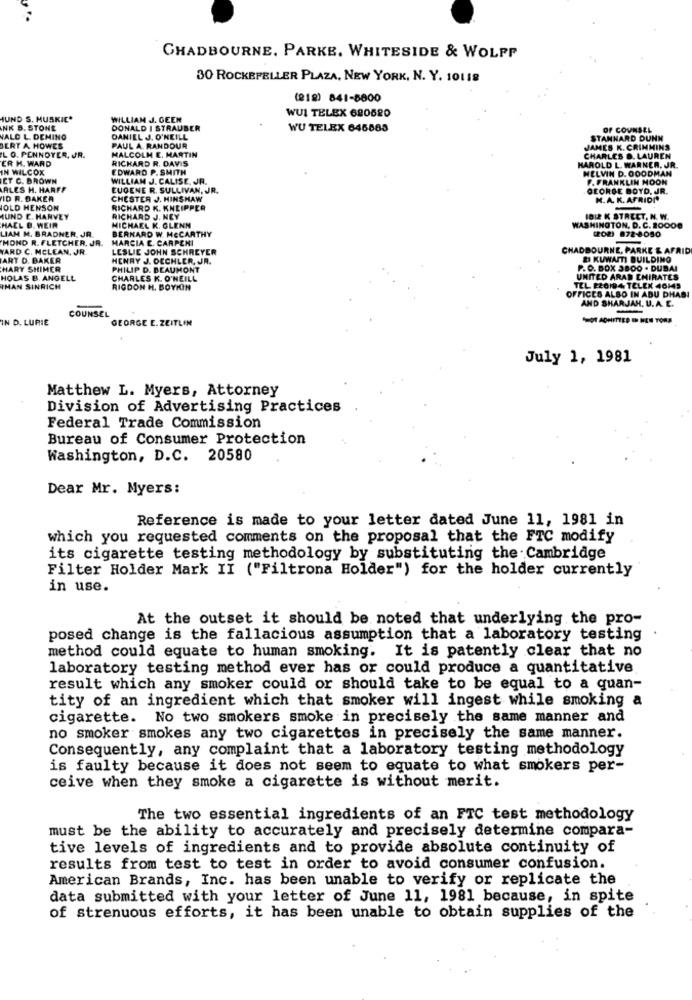
CHADBOURNE. PARKE. WHITESIDE & WOLPP
30 ROCKEFELLER PLAZA, NEW YORK, N. Y. 10118
(218) 841-5800
WUI TELEX 620620
HUND S. HUSKIC*
WILLIAM J. GEEN
INK B. STONE
DONALD | STRAUBER
WU TELEX 646885
OF COUNSEL
VALO L. DEMING
DANIEL J. O'NEILL
STANNARD DUNN
BERT A HOWES
PAUL A. RANDOUR
MALCOLM E. MARTIN
JAMES K. CRIMMINS
L O. PENNOYER, JR.
ER M. WARD
RICHARD R. DAVIS
CHARLES &. LAUREN
IN WILCOX
EDWARD P. SMITH
HAROLD L. WARNER, JR.
MELVIN D. OODDMAN
ET C. BROWN
WILLIAM J. CALISE, JR.
F.FRANKLIN MOON
ALES H. HARFF
EUGENE R. SULLIVAN, JR.
GEORGE BOYD, JR.
ID R. BAKER
CHESTER J. HINSHAW
H.A. K. AFRION'
IOLD HENSON
RICHARD K. KNEIPPER
HUND E. HARVEY
RICHARD J. NEY
1012 K STREET, N. W.
HAEL B. WEIR
LIAM M. BRADNER, JR.
BERNARD W. MCCARTHY
MICHAEL K. GLENN
WASHINGTON, D. C. 20000
(POR) 872-8050
MOND R. FLETCHER, JR.
MARCIA C. CARPENI
YARD C. MCLEAN, JR
LESLIE JOHN SCHREYER
CHADBOURNE, PARKE & AFRID
ART D. BAKER
HENRY J. OECHLER, JR.
&I KUWAITI BUILDING
HARY SHIMER
PHILIP D. BEAUMONT
P. O. BOX 3800 - DUBAI
HOLAS B. ANGELL
CHARLES K. O'NEILL
UNITED ARAD EMIRATES
IMAN SINRICH
RIGDON H. BOYKIN
TEL. 220194 TELEX 40145
OFFICES ALSO IN ABU DHABI
AND SHARJAH, U.A. E.
COUNSEL
IN D. LURIE
GEORGE E. ZEITLIN
SHOT ADMITTED I HES TORS
July 1, 1981
Matthew L. Myers, Attorney
Division of Advertising Practices
Federal Trade Commission
Bureau of Consumer Protection
Washington, D.C. 20580
Dear Mr. Myers:
Reference is made to your letter dated June 11, 1981 in
which you requested comments on the proposal that the FTC modify
its cigarette testing methodology by substituting the Cambridge
Filter Holder Mark II ("Filtrona Holder") for the holder currently
in use.
At the outset it should be noted that underlying the pro-
posed change is the fallacious assumption that a laboratory testing
method could equate to human smoking. It is patently clear that no
laboratory testing method ever has or could produce a quantitative
result which any smoker could or should take to be equal to a quan-
tity of an ingredient which that smoker will ingest while smoking a
cigarette. No two smokers smoke in precisely the same manner and
no smoker smokes any two cigarettes in precisely the same manner.
Consequently, any complaint that a laboratory testing methodology
is faulty because it does not seem to equate to what smokers per-
ceive when they smoke a cigarette is without merit.
The two essential ingredients of an FTC test methodology
must be the ability to accurately and precisely determine compara-
tive levels of ingredients and to provide absolute continuity of
results from test to test in order to avoid consumer confusion.
American Brands, Inc. has been unable to verify or replicate the
data submitted with your letter of June 11, 1981 because, in spite
of strenuous efforts, it has been unable to obtain supplies of the